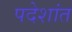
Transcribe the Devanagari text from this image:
पदेशांत